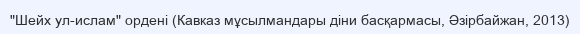
"Шейх ул-ислам" ордені (Кавказ мұсылмандары діни басқармасы, Әзірбайжан, 2013)